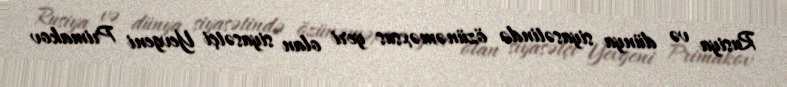
Rusiya və dünya siyasətində özünəməxsus yeri olan siyasətçi Yevgeni Primakov